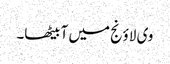
وی لاؤنج میں آ بیٹھا۔